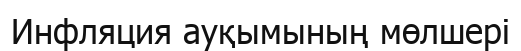
Инфляция ауқымының мөлшері